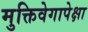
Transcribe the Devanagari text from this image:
मुक्तिवेगापेक्षा